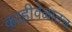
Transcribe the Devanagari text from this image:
काहीवेळातच